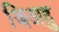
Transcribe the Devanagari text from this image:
जिअहु